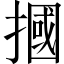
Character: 摑